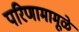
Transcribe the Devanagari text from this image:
परिणामामूळे